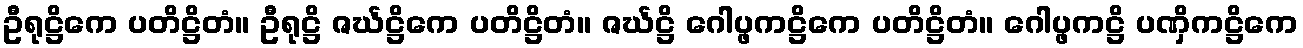
ဦရုဋ္ဌိကေ ပတိဋ္ဌိတံ။ ဦရုဋ္ဌိ ဇင်္ဃဋ္ဌိကေ ပတိဋ္ဌိတံ။ ဇင်္ဃဋ္ဌိ ဂေါပ္ဖကဋ္ဌိကေ ပတိဋ္ဌိတံ။ ဂေါပ္ဖကဋ္ဌိ ပဏှိကဋ္ဌိကေ